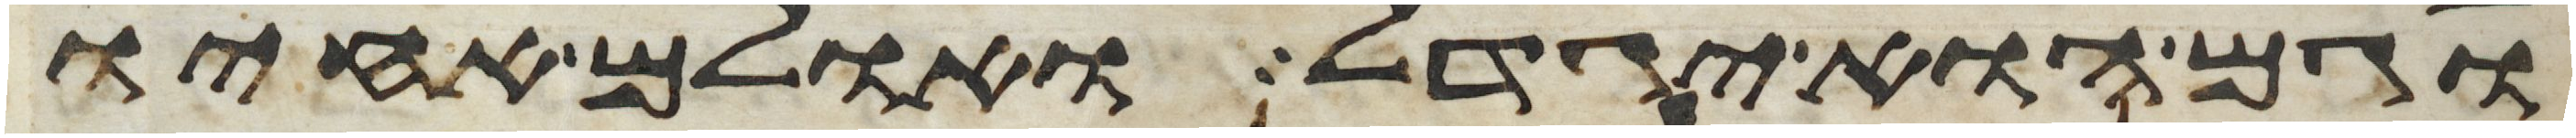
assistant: וגם הוא יגדל ואולם אחיו